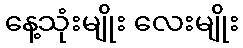
နေ့သုံးမျိုး လေးမျိုး